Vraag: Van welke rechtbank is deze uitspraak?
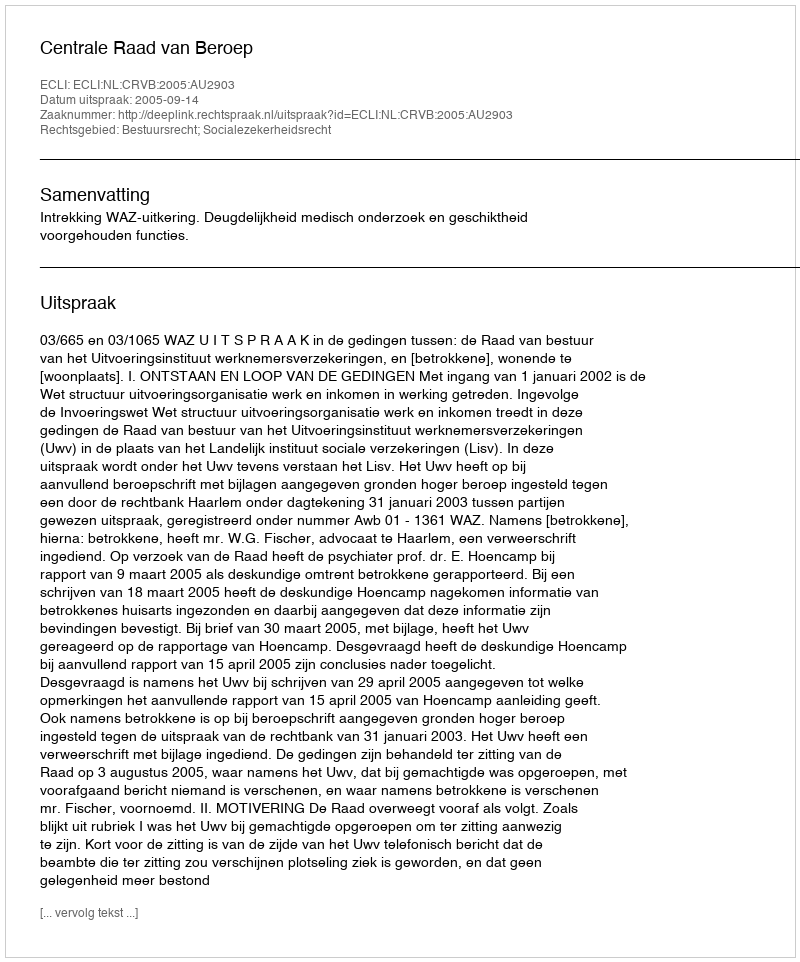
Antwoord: Centrale Raad van Beroep